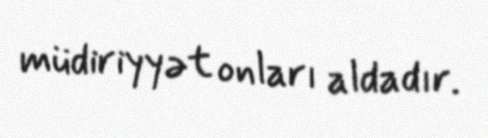
müdiriyyət onları aldadır.